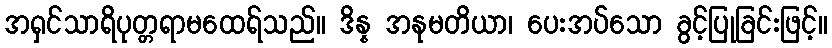
အရှင်သာရိပုတ္တရာမထေရ်သည်။ ဒိန္န အနုမတိယာ၊ ပေးအပ်သော ခွင့်ပြုခြင်းဖြင့်။